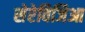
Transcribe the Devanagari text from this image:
सेरेविजिआ